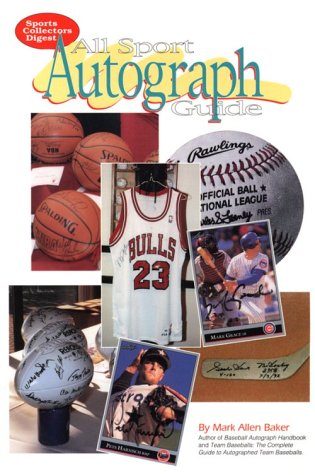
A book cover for All-Sport Autograph Guide; Mark Allen Baker; Crafts, Hobbies & Home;